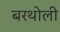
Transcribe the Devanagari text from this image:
बरथोली